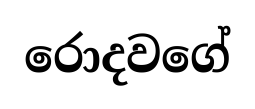
රොදවගේ